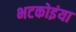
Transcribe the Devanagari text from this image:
भटकोइंया